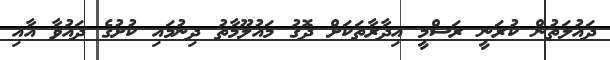
ދައުލަތުން ކުރަނީ ރަސްމީ އިދާރާތަކަށް ދޮގު މައުލޫމާތު ދިނުމައި ކުށުގެ ދައުވާ އާއި